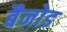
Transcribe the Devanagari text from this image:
बैनोड